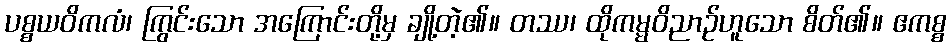
ပစ္စယဝိကလံ၊ ကြွင်းသော အကြောင်းတို့မှ ချို့တဲ့၏။ တဿ၊ ထိုကမ္မဝိညာဉ်ဟူသော စိတ်၏။ ဧကစ္စ